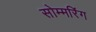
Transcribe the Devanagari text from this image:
सोम्मरिंग